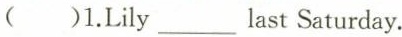
( )1.Lily ___ last Saturday.